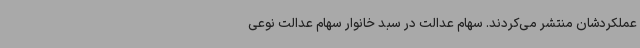
عملکردشان منتشر می‌کردند. سهام عدالت در سبد خانوار سهام عدالت نوعی